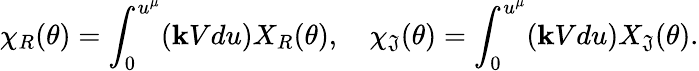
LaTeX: \chi_{R}(\theta)=\int_{0}^{u^{\mu}}(\mathbf{k}Vdu)X_{R}(\theta),\quad\chi_{\mathfrak{J}}(\theta)=\int_{0}^{u^{\mu}}(\mathbf{k}Vdu)X_{\mathfrak{J}}(\theta).